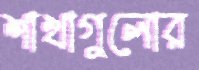
শাখাগুলোর